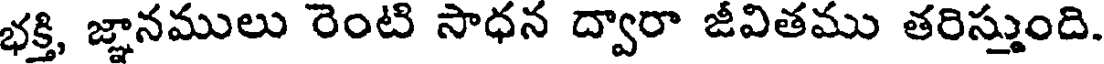
భక్తి, జ్ఞానములు రెంటి సాధన ద్వారా జీవితము తరిస్తుంది.